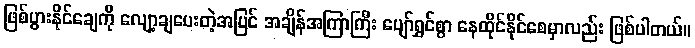
ဖြစ်ပွားနိုင်ချေကို လျော့ချပေးတဲ့အပြင် အချိန်အကြာကြီး ပျော်ရွှင်စွာ နေထိုင်နိုင်စေမှာလည်း ဖြစ်ပါတယ်။